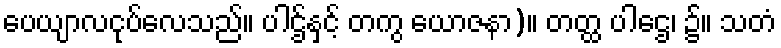
ပေယျာလငုပ်လေသည်။ ပါဌ်နှင့် တကွ ယောဇနာ)။ တတ္ထ ပါဌေ၊ ၌။ သတံ